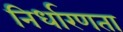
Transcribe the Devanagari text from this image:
निर्धारणता